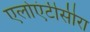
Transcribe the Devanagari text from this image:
एलोएंटीसीरा